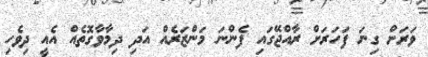
ވަރަށް ގިނަ ފަހަރަށް ރާއްޖޭގައި ފެންނަ މަންޒަރެއް އަދި ދިމާވާގޮތެއް އެއީ ދިވެހި